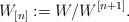
LaTeX: \begin{align*}W_{[n]} := W/W^{[n + 1]}.\end{align*}